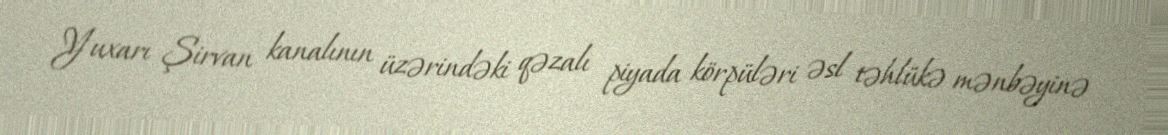
Yuxarı Şirvan kanalının üzərindəki qəzalı piyada körpüləri əsl təhlükə mənbəyinə